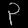
Digit: ၃